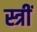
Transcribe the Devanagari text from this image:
स्त्रीं